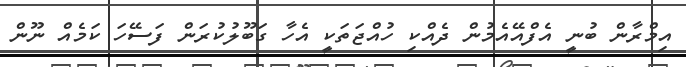
އިމްރާން ބުނީ އެފްއޭއެމުން ދެއްކި ހުއްޖަތަކީ އެހާ ގަބޫލުކުރަން ފަސޭހަ ކަމެއް ނޫން